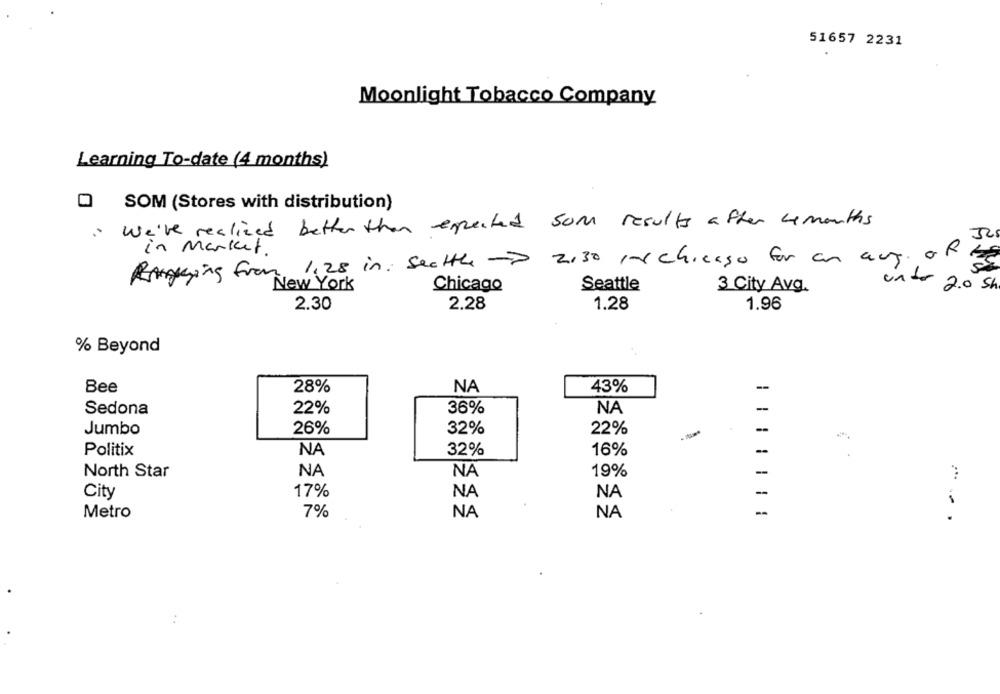
51657 2231
Moonlight Tobacco Company
Learning To-date (4 months)
SOM (Stores with distribution)
" We've realized better than expected som results after 4 months
32
in market.
1.28 in: Seattle - 2:30 , chicago for an aug. of
Ranging From
New York
Chicago
Seattle
3 City Avg.
unter 2.0 Sh
2.30
2.28
1.28
1.96
% Beyond
Bee
28%
NA
43%
--
22%
36%
NA
-
Sedona
26%
22%
-
Jumbo
32%
NA
-
Politix
32%
16%
NA
North Star
NA
19%
17%
-
City
NA
NA
Metro
7%
NA
NA
-